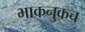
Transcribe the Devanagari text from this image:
भाकनुकच